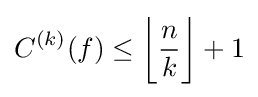
C^{(k)}(f)\leq {\bigg \lfloor }{n \over k}{\bigg \rfloor }+1